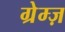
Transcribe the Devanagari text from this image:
ग्रेम्ज़